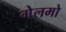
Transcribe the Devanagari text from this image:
गेलमो